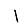
Digit: 1